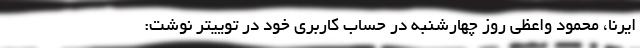
ایرنا، محمود واعظی روز چهارشنبه در حساب کاربری خود در توییتر نوشت: